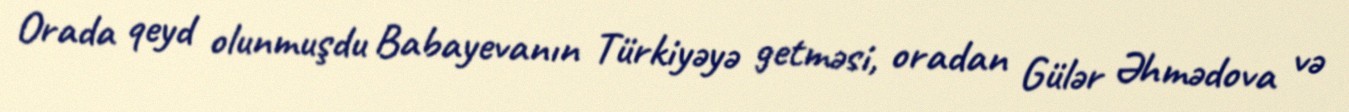
Orada qeyd olunmuşdu Babayevanın Türkiyəyə getməsi, oradan Gülər Əhmədova və